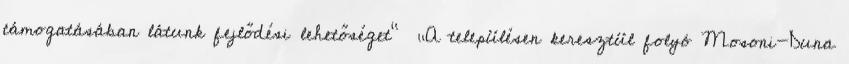
támogatásában látunk fejlődési lehetőséget” ▪„A településen keresztül folyó Mosoni-Duna